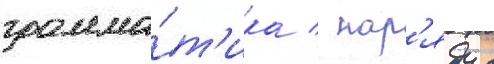
грамма́т'ика / нар'яду с